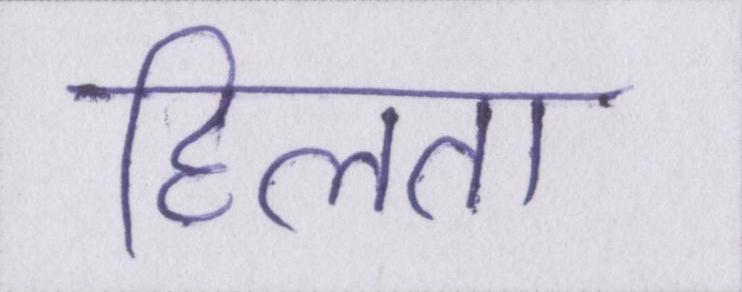
हिलता